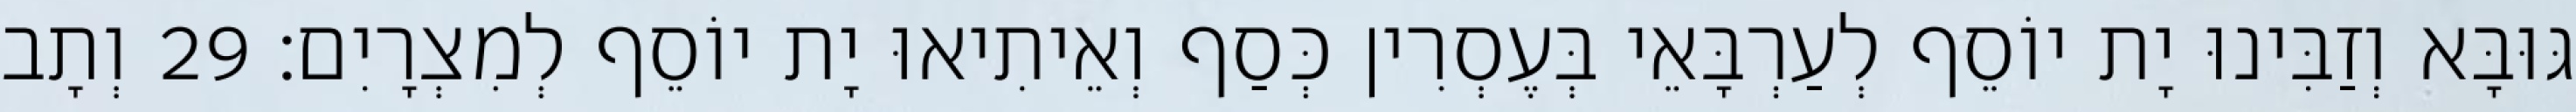
גּוּבָּא וְזַבִּינוּ יָת יוֹסֵף לְעַרְבָּאֵי בְּעֶסְרִין כְּסַף וְאֵיתִיאוּ יָת יוֹסֵף לְמִצְרָיִם׃ 29 וְתָב